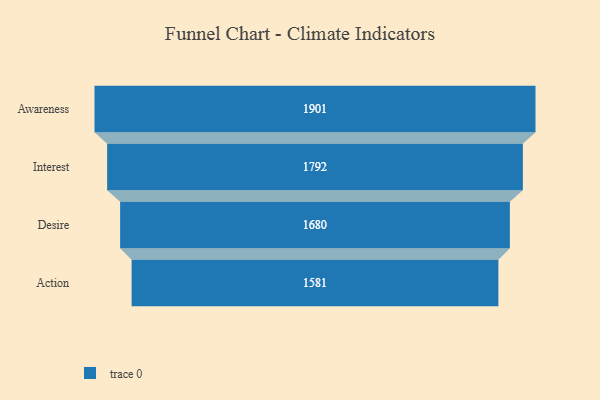
{"axis": {"x": "Stage", "y": "Value"}, "legend": [""], "data": [{"x": "Awareness", "y": 1901.0, "type": ""}, {"x": "Interest", "y": 1792.0, "type": ""}, {"x": "Desire", "y": 1680.0, "type": ""}, {"x": "Action", "y": 1581.0, "type": ""}]}